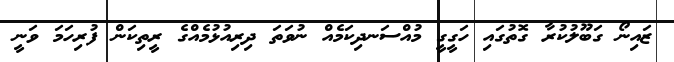
ޒައިނޯ ގަބޫލުކުރާ ގޮތުގައި ހަގީގީ މުއްސަނދިކަމެއް ނުވަތަ ދިރިއުޅުމެއްގެ ރީތިކަން ފުރިހަމަ ވަނީ